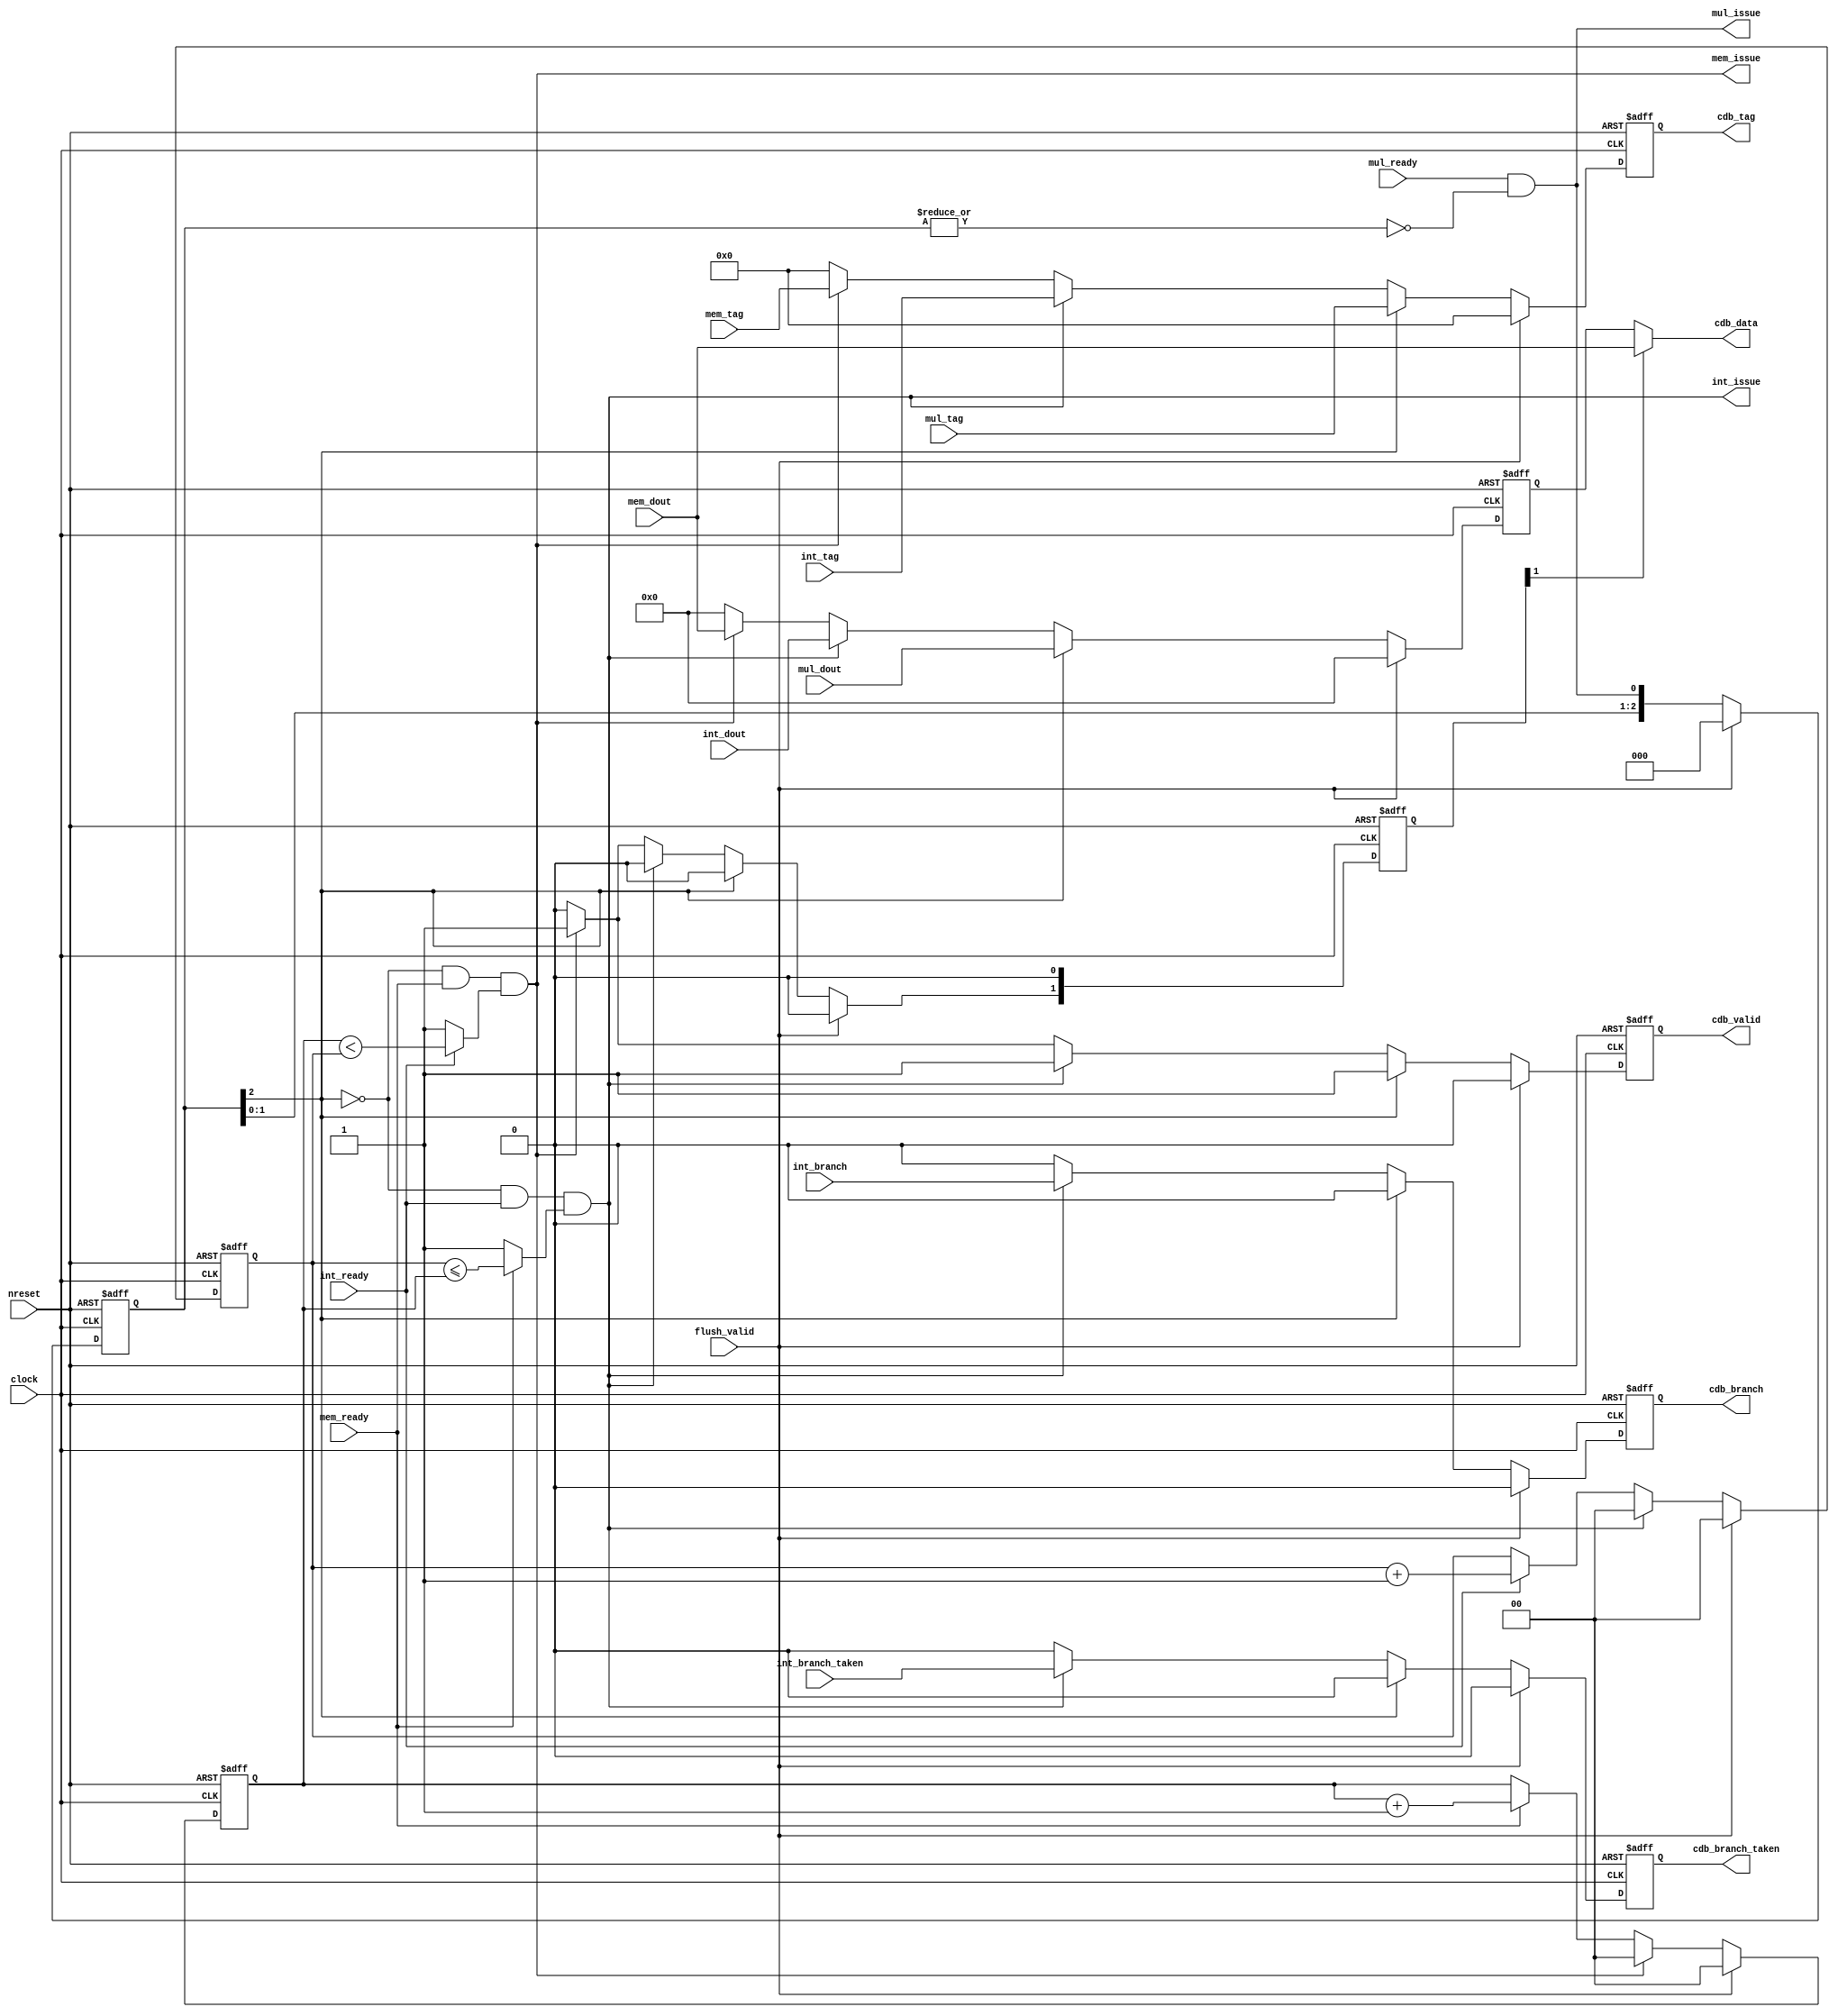
//
//-------------------------------------------------------------------------------------------------
//-------------------------------------------------------------------------------------------------
// modification history
// author          date        description
// ialvarado       2012-03-30  creation
//-------------------------------------------------------------------------------------------------

//-------------------------------------------------------------------------------------------------
//
// MODULE: issue_unit
//
//-------------------------------------------------------------------------------------------------
module issue_unit (
  clock,
  nreset,
  flush_valid,
  int_ready,
  int_dout,
  int_tag,
  int_branch,
  int_branch_taken,
  int_issue,
  mul_ready,
  mul_dout,
  mul_tag,
  mul_issue,
  mem_ready,
  mem_dout,
  mem_tag,
  mem_issue,
  cdb_valid,
  cdb_branch,
  cdb_branch_taken,
  cdb_data,
  cdb_tag
);

  //-----------------------------------------------------------------------------------------------
  //
  // Interfaces
  //
  //-----------------------------------------------------------------------------------------------
  input              clock;
  input              nreset;
  input              flush_valid;

  //-----------------------------------------------------------------------------------------------
  // interface with the integer execution qeueue
  //-----------------------------------------------------------------------------------------------
  input              int_ready;
  input       [31:0] int_dout;
  input       [ 4:0] int_tag;
  input              int_branch;
  input              int_branch_taken;
  output wire        int_issue;

  //-----------------------------------------------------------------------------------------------
  // interface with the multiplication execution qeueue
  //-----------------------------------------------------------------------------------------------
  input              mul_ready;
  input       [31:0] mul_dout;
  input       [ 4:0] mul_tag;
  output wire        mul_issue;

  //-----------------------------------------------------------------------------------------------
  // interface with the multiplication execution qeueue
  //-----------------------------------------------------------------------------------------------
  input              mem_ready;
  input       [31:0] mem_dout;
  input       [ 4:0] mem_tag;
  output wire        mem_issue;

  //-----------------------------------------------------------------------------------------------
  // common data bus
  //-----------------------------------------------------------------------------------------------
  output reg         cdb_valid;
  output reg         cdb_branch;
  output reg         cdb_branch_taken;
  output reg  [ 4:0] cdb_tag;
  output wire [31:0] cdb_data;

  //-----------------------------------------------------------------------------------------------
  //
  // Internal signals
  //
  //-----------------------------------------------------------------------------------------------
  wire [2:0] access_vector;

  //-----------------------------------------------------------------------------------------------
  // Variables
  //-----------------------------------------------------------------------------------------------
  reg [ 2:0] mult_cntr;
  reg [ 1:0] int_lru;
  reg [ 1:0] mem_lru;
  reg [ 1:0] dlyd_access_vector;
  reg [31:0] cdb_data_ff;

  //-----------------------------------------------------------------------------------------------
  //
  // Combinational logic
  //
  //-----------------------------------------------------------------------------------------------
  assign int_issue  = access_vector[0];
  assign mem_issue  = access_vector[1];
  assign mul_issue  = access_vector[2];
  assign mult_valid  = mul_ready & (~|mult_cntr);

  assign access_vector[2] = mult_valid;
  assign access_vector[1] = !mult_cntr[2] & mem_ready & (int_ready ? (mem_lru <  int_lru) : 1);
  assign access_vector[0] = !mult_cntr[2] & int_ready & (mem_ready ? (int_lru <= mem_lru) : 1);

  assign cdb_data = dlyd_access_vector[1] ? mem_dout : cdb_data_ff;

  //-----------------------------------------------------------------------------------------------
  //
  // Registers
  //
  //-----------------------------------------------------------------------------------------------

  //-----------------------------------------------------------------------------------------------
  // LRU's
  //-----------------------------------------------------------------------------------------------
  always @(posedge clock, negedge nreset) begin
    if(!nreset) begin
      int_lru <= 0;
      mem_lru <= 0;
    end
    else if(flush_valid) begin
      int_lru <= 0;
      mem_lru <= 0;
    end
    else begin
      if(int_issue) begin
        int_lru <= 0;
      end
      else if(int_ready) begin
        int_lru <= int_lru + 1;
      end
      if(mem_issue) begin
        mem_lru <= 0;
      end
      else if(mem_ready) begin
        mem_lru <= mem_lru + 1;
      end
    end
  end

  //-----------------------------------------------------------------------------------------------
  // Multiplication register
  //-----------------------------------------------------------------------------------------------
  always @(posedge clock, negedge nreset) begin
    if(!nreset) begin
      mult_cntr <= 0;
    end
    else if(flush_valid) begin
      mult_cntr <= 0;
    end
    else begin
      mult_cntr <= {mult_cntr[1:0], mult_valid};
    end
  end

  //-----------------------------------------------------------------------------------------------
  // Outputs
  //-----------------------------------------------------------------------------------------------
  always @(posedge clock, negedge nreset) begin
    if(!nreset) begin
      cdb_valid          <= 0;
      cdb_branch         <= 0;
      cdb_branch_taken   <= 0;
      cdb_data_ff        <= 0;
      cdb_tag            <= 0;
      dlyd_access_vector <= 0;
    end
    else if(flush_valid) begin
      cdb_valid          <= 0;
      cdb_branch         <= 0;
      cdb_branch_taken   <= 0;
      cdb_data_ff        <= 0;
      cdb_tag            <= 0;
      dlyd_access_vector <= 0;
    end
    else begin
      cdb_valid          <= 0;
      cdb_branch         <= 0;
      cdb_branch_taken   <= 0;
      cdb_data_ff        <= 0;
      cdb_tag            <= 0;
      dlyd_access_vector <= 0;

      if(mult_cntr[2]) begin
        cdb_valid        <= 1;
        cdb_branch       <= 0;
        cdb_branch_taken <= 0;
        cdb_data_ff      <= mul_dout;
        cdb_tag          <= mul_tag;
      end
      else if(access_vector[0]) begin
        // integer queue has access
        cdb_valid        <= 1;
        cdb_branch       <= int_branch;
        cdb_branch_taken <= int_branch_taken;
        cdb_data_ff      <= int_dout;
        cdb_tag          <= int_tag;
      end
      else if(access_vector[1]) begin
        // load store queue has access
        cdb_valid             <= 1;
        cdb_branch            <= 0;
        cdb_branch_taken      <= 0;
        cdb_data_ff           <= mem_dout;
        cdb_tag               <= mem_tag;
        dlyd_access_vector[1] <= 1;
      end
    end
  end

endmodule